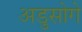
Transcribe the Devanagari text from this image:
अडुसोगे